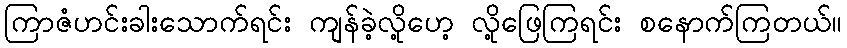
ကြာဇံဟင်းခါးသောက်ရင်း ကျန်ခဲ့လို့ဟေ့ လို့ဖြေကြရင်း စနောက်ကြတယ်။